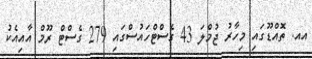
އއ. ތޮއްޑޫގައި މިހާރު ޖުމްލަ 43 ގެސްޓްހައުސްގައި 279 ގެސްޓް ރޫމް އާއިއެކު